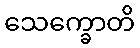
သေက္ခောတိ